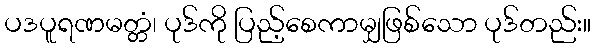
ပဒပူရဏမတ္တံ၊ ပုဒ်ကို ပြည့်စေကာမျှဖြစ်သော ပုဒ်တည်း။